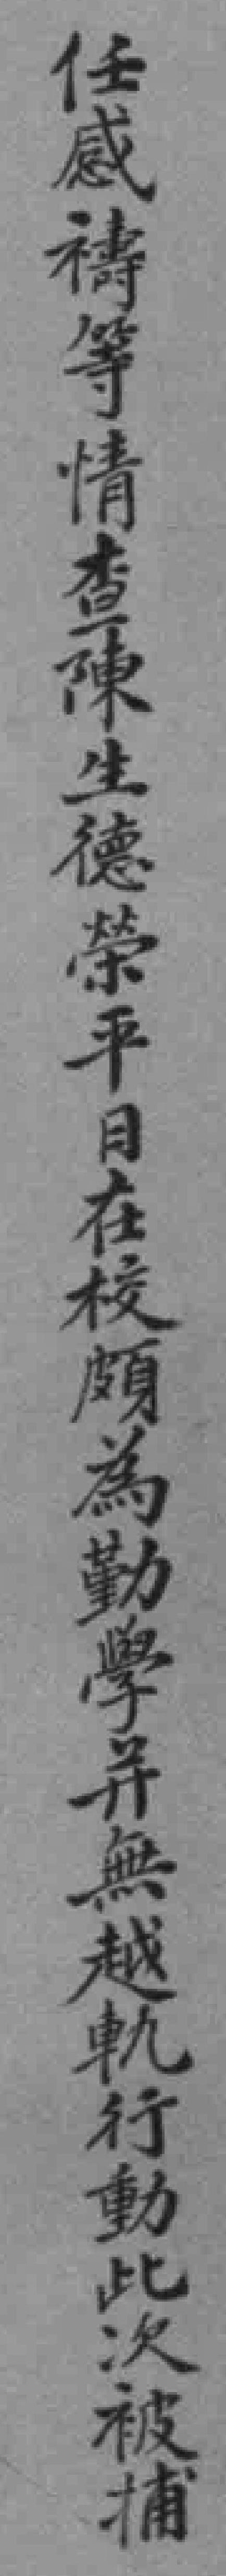
任感禱等情查陳生德榮平日在校頗為勤學並無越軌行動此次被捕